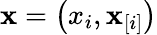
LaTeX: \mathbf{x}=\left(x_{i},\mathbf{x}_{[i]}\right)